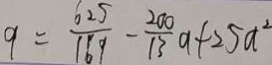
9 = \frac { 6 2 5 } { 1 6 9 } - \frac { 2 0 0 } { 1 3 } a + 2 5 a ^ { 2 }